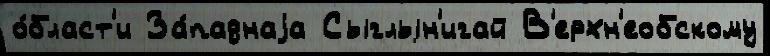
о́бласт'и За́паднаjа Сыглын'игай В'ерхн'еобскому